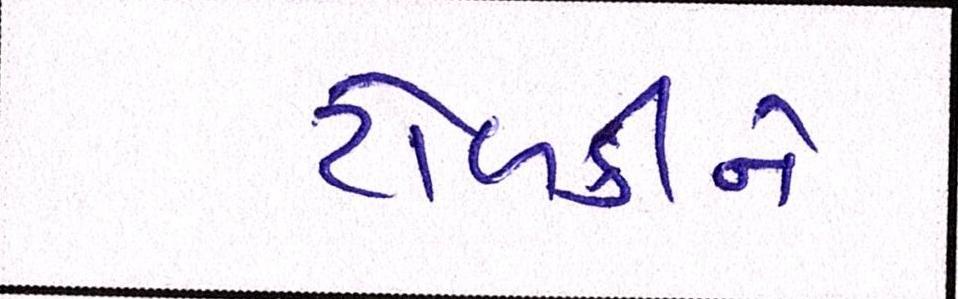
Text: ટોળકીને